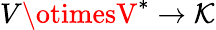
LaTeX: V\otimesV^{*}\to\mathcal{K}